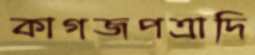
কাগজপত্রাদি